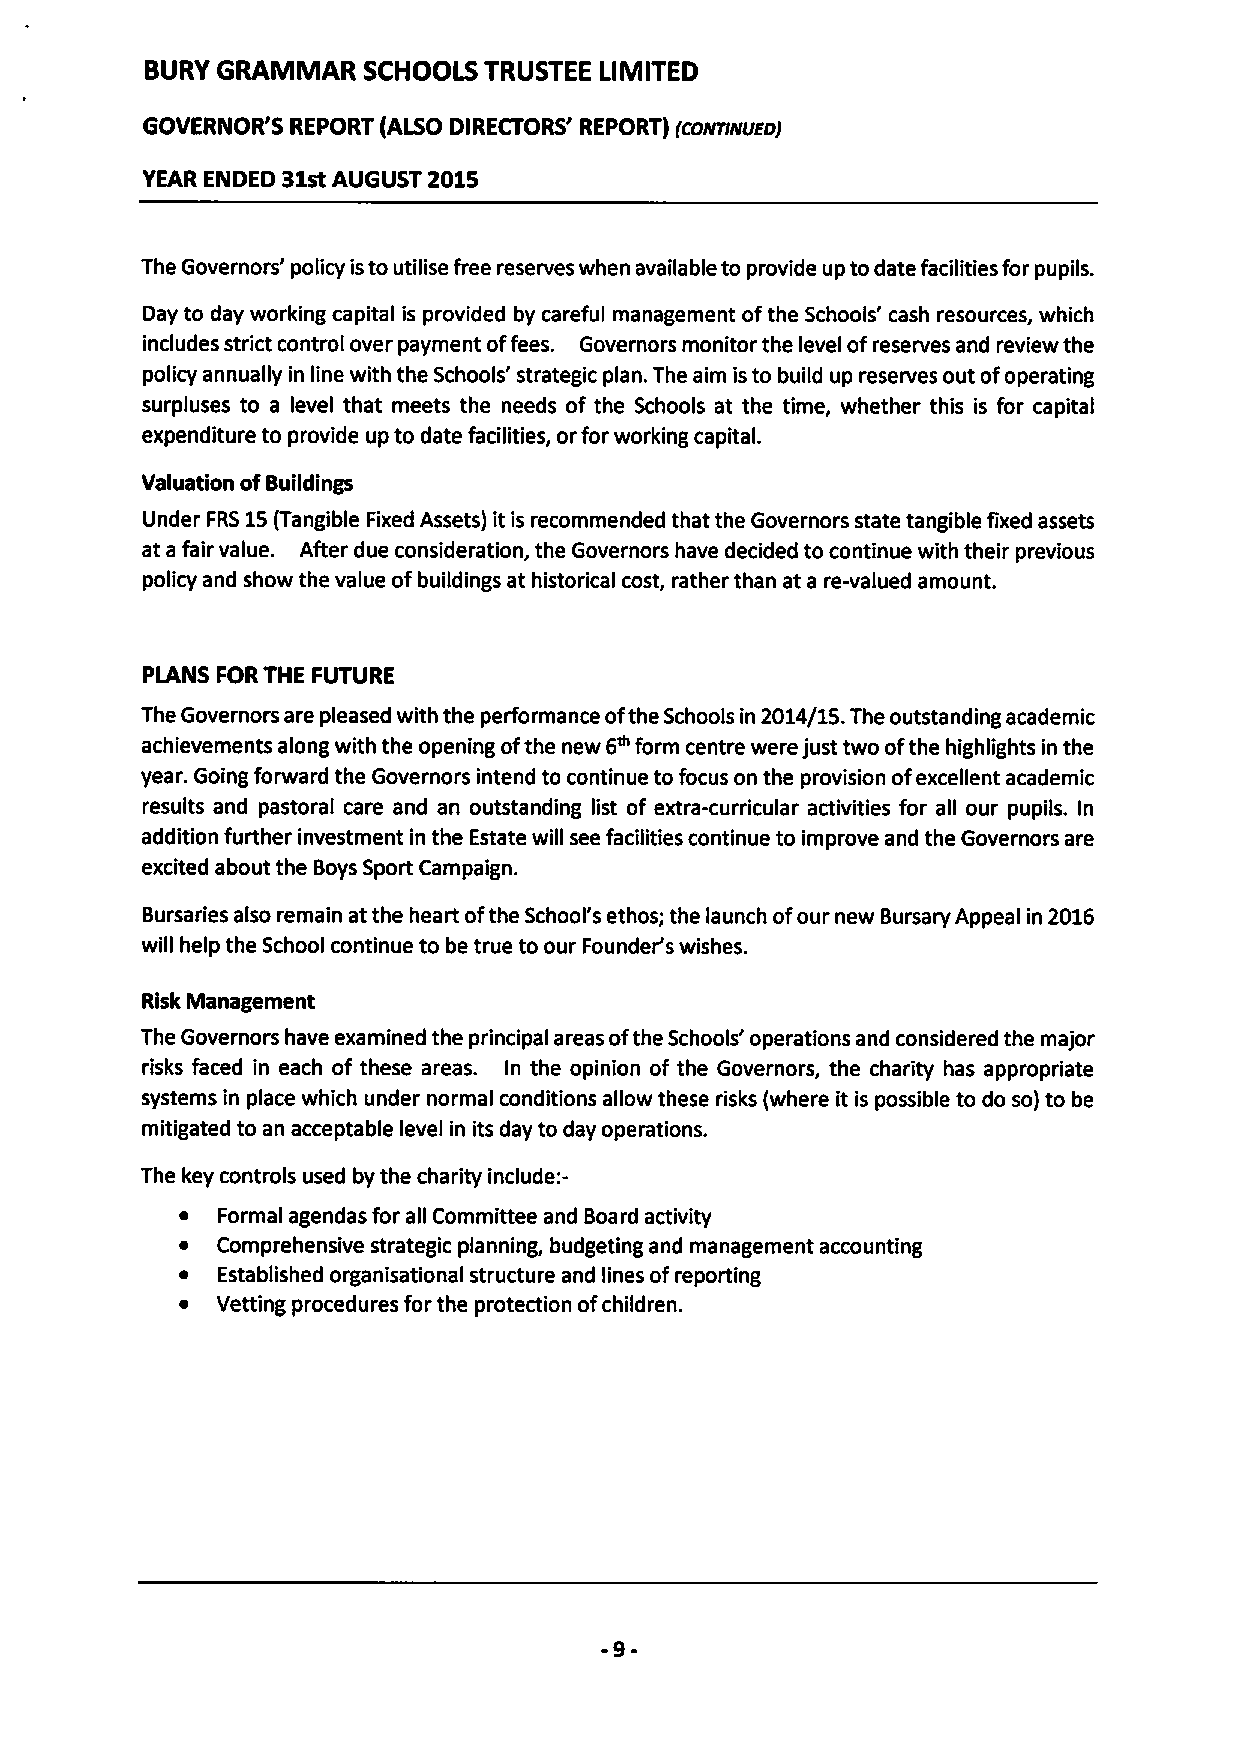
BURY GRAMMAR  SCHOOLS TRUSTEE LIMITED
 GOVERNOR'S REPORT (ALSO DIRECTORS' REPORT) (CONTINUEDJ
 YEAR ENDED 31stAUGUST 2015
 The Governors' policy isto utilise free reserves when available to provide up to date facilities for pupils.
 Day to day working capital is provided by careful management ofthe Schools' cash resources, which
 includes strict control over payment offees. Governors monitor the level ofreserves and review the
 policy annually in line with the Schools' strategic plan. The aim isto build up reserves out ofoperating
 surpluses to a level that meets the needs of the Schools at the time, whether this is for capital
 expenditure to provide up to date facilities, orfor working capital.
 Valuation ofBuildings
 Under FRS15(Tangible Fixed Assets) it is recommended that the Governors state tangible fixed assets
 at a fair value. After due consideration, the Governors have decided to continue with their previous
 policy and show the value ofbuildings at historical cost, rather than at a re-valued amount.
 PlANS FORTHE FUTURE
 The Governors are pleased with the performance ofthe Schools in 2014/15.The outstanding academic
 achievements along with the opening ofthe new 6~form centre were just two ofthe highlights in the
 year. Going forward the Governors intend to continue to focus on the provision ofexcellent academic
 results and pastoral care and an outstanding list of extra-curricular activities for all our pupils. In
 addition further investment in the Estate will see facilities continue to improve and the Governors are
 excited about the Boys Sport Campaign.
 Bursaries also remain atthe heart ofthe School's ethos; the launch ofour new Bursary Appeal in 2016
 will help the School continue to be true to our Founder's wishes.
 Risk Management
 The Governors have examined the principal areas ofthe Schools' operations and considered the major
 risks faced in each of these areas. In the opinion of the Governors, the charity has appropriate
 systems in place which under normal conditions allow these risks (where it is possible to do so) to be
 mitigated to an acceptable level in its day to day operations.
 The key controls used by the charity include:-
 ~ Formal agendas for all Committee and Board activity
 ~ Comprehensive strategic planning, budgeting and management accounting
 ~ Established organisational structure and lines ofreporting
 ~ Vetting procedures for the protection ofchildren.
 -9-